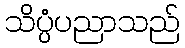
သိပ္ပံပညာသည်